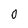
Character: O